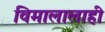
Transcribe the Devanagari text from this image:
विमालालाही